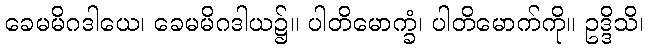
ခေမမိဂဒါယေ၊ ခေမမိဂဒါယ၌။ ပါတိမောက္ခံ၊ ပါတိမောက်ကို။ ဥဒ္ဒိသိ၊